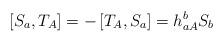
LaTeX: \begin{align*}\left[ S_{a},T_{A}\right] =-\left[ T_{A},S_{a}\right] =h_{aA}^{b}S_{b}\end{align*}